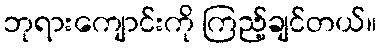
ဘုရားကျောင်းကို ကြည့်ချင်တယ်။